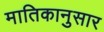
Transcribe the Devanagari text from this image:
मातिकानुसार